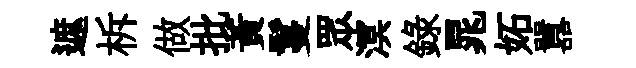
遮柝做批黄鬘眾溟錄晁妬囂